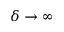
\delta \rightarrow \infty